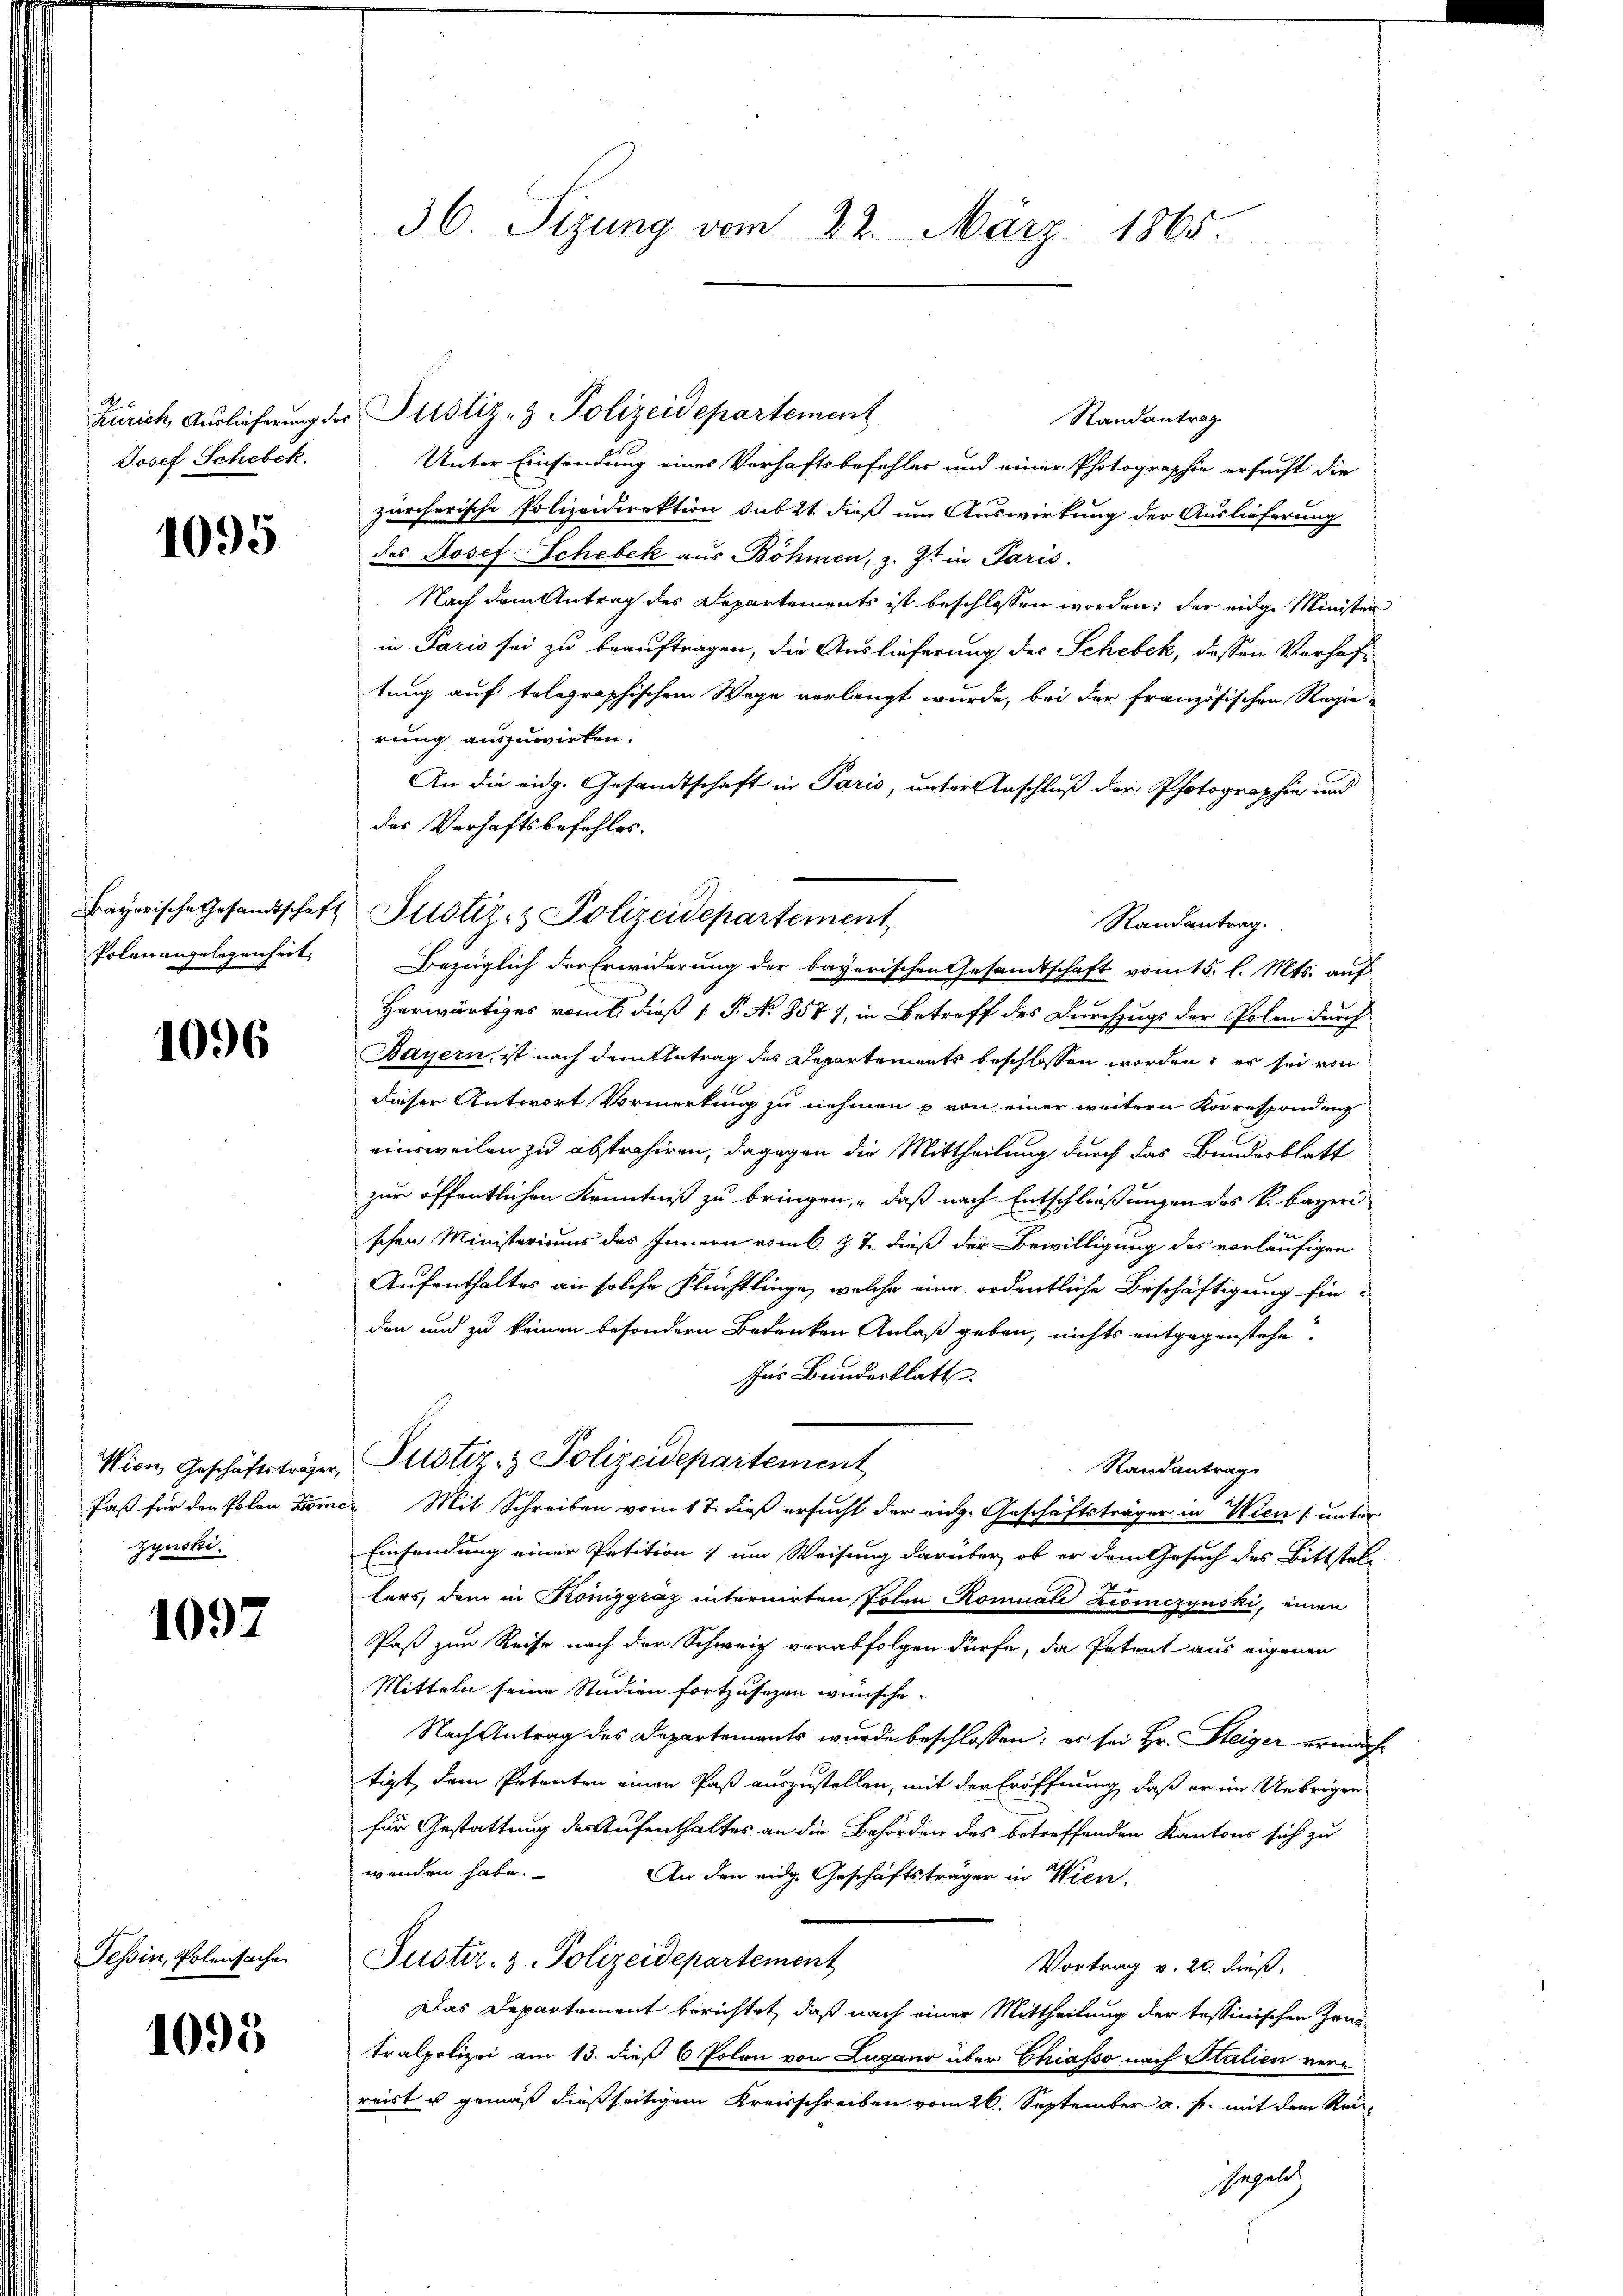
Josef Schebek.

1095

Bayerische Gesandtschaft
Polen angelegenheit

1096

Paß für der Polen Kome
zynski.

1097

Tessin, Polensache

1095

36. Sizung vom 22. März 1865.

Zürich, Auslieferung der Justiz- & Polizeidepartement

Randantrag
Unter Einsendung eines Verhaftsbefehler und einer Photographie ersucht die
zürcherische Polizeidirektion sub 2t dieß um Auswirkung der Auslieferung
des Josef Schebek aus Böhmen, z. Zt. in Paris.
Nach dem Antrag des Departements ist beschlossen worden; der eidge Minister
in Paris sei zu beauftragen, die Auslieferung des Schebek, dessen Verhaftung auf telegraphischem Wege verlangt wurde, bei der französischen Regie-
rung auszuwirken.
An die eidg. Gesandtschaft in Paris, unter Anschluß der Photographie und
das Verhaftsbefehles.
Bezüglich der Erwiderung der bayerischen Gesandtschaft vom 15. l. Mts. auf
Herwärtiges von dieß P. No 857), in Betreff des Durchzugs der Polen durch
Bayern, ist nach dem Antrag des Departements beschlossen worden; es sei von
dieser Antwort Vormerkung zu nehmen u von einer weitern Korrespondenz
einsweilen zu abstrahiren, dagegen die Mittheilung durch das Bundesblatt
zur öffentlichen Kenntniß zu bringen, daß nach Entschließungen des k. Bayeri
schen Ministeriums des Innern vom 6. J. J. dieß der Bewilligung des vorläufigen
Aufenthaltes an solche Flüchtlinge, welche eine ordentliche Beschäftigung finden und zu keinen besondern Bedenken Anlaß geben, nichts entgegenstehe.
Ins Bundesblatt
Wien, Geschäftsträger, Justiz- & Polizeidepartement
Randantrag
 Mit Schreiben vom 17. dieß ersucht der eige Geschäftsträger in Wien (unter
Einsendung einer Petition; um Weisung darüber, ob er dem Gesuch des Bittstel-
lers, dem in Königgraz internirten Polen Romuale Bronczynski, einen
Paß zur Reise nach der Schweiz verabfolgen dürfe, da Petrat aus eigenen
Mitteln seine Studien fortzusehen wünsche.
Nach Antrag des Departements wurde beschlossen; es sei Hr. Steiger erwachtigt, dem Petenten einen Paß auszustellen, mit der Eröffnung, daß er im Uebrigen
für Gestattung der Aufenthaltes an die Behörden des betreffenden Kantons sich zu
wenden habe.
An den eidg. Geschäftsträger in Wien.
Justiz- & Polizeidepartement
Vortrag v. 20. dieß,
Das Departement berichtet, daß nach einer Mittheilung der tessinischen Zeugtralpolizei am 13. dieß 6 Polen von Lugano über Chiasso nach Italien verreist u gemäß dießseitigem Kreisschreiben vom 26. September a. p. mit dem Reisegelch

Justiz- & Polizeidepartement

Randantrag.